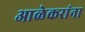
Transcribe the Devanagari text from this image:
आळेकरांना